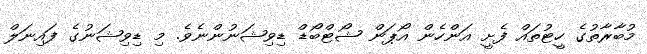
މުބާރާތުގެ ހީޓުތައް ފެށީ އަންހެން އޯޕަން ޝޯޓްބޯޑް ޑިވިޝަނުންނެވެ. މި ޑިވިޝަނުގެ ފައިނަލް